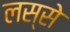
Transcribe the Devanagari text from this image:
लस्से